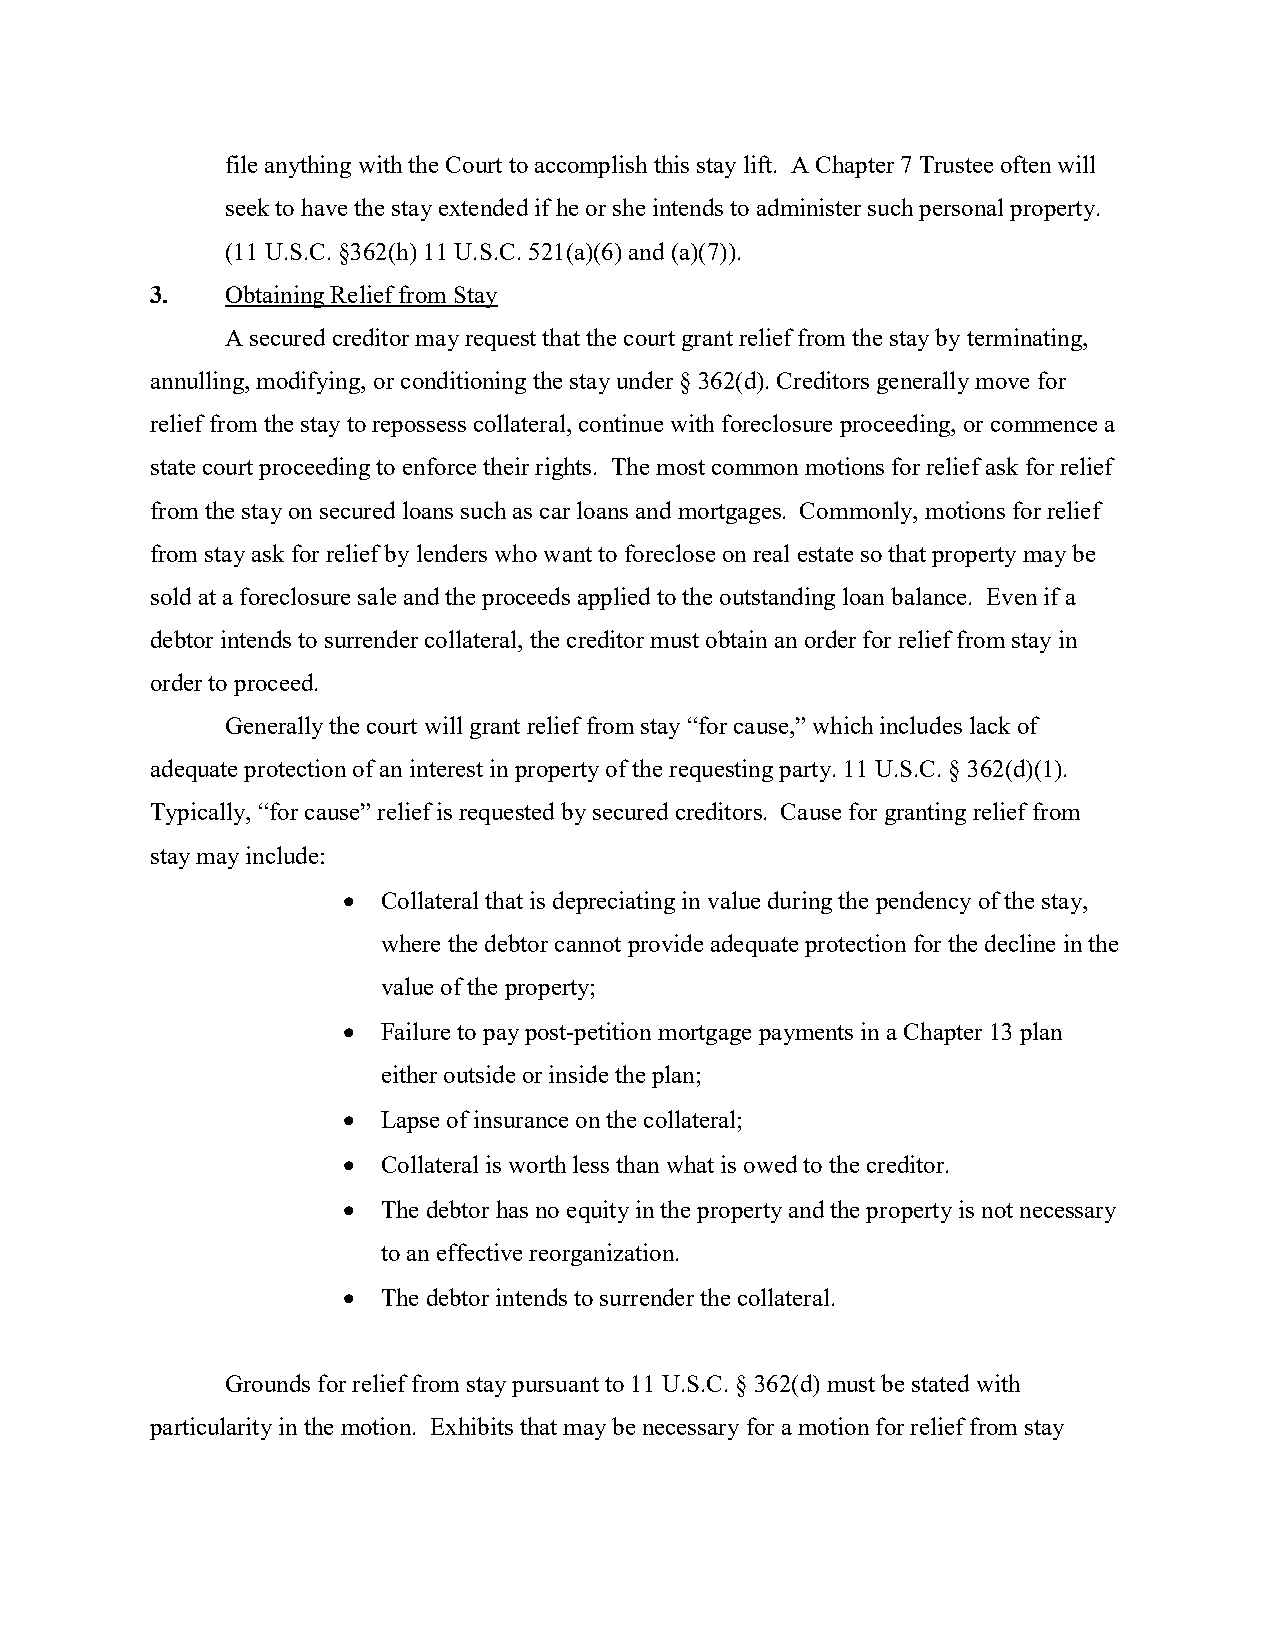
file anything with the Court to accomplish this stay lift. A Chapter 7 Trustee often will
 seek to have the stay extended if he or she intends to administer such personal property.
 (11 U.S.C. §362(h) 11 U.S.C. 521(a)(6) and (a)(7)).
 3.   Obtaining Relief from Stay
 A secured creditor may request that the court grant relief from the stay by terminating,
 annulling, modifying, or conditioning the stay under § 362(d). Creditors generally move for
 relief from the stay to repossess collateral, continue with foreclosure proceeding, or commence a
 state court proceeding to enforce their rights. The most common motions for relief ask for relief
 from the stay on secured loans such as car loans and mortgages. Commonly, motions for relief
 from stay ask for relief by lenders who want to foreclose on real estate so that property may be
 sold at a foreclosure sale and the proceeds applied to the outstanding loan balance. Even if a
 debtor intends to surrender collateral, the creditor must obtain an order for relief from stay in
 order to proceed.
 Generally the court will grant relief from stay “for cause,” which includes lack of
 adequate protection of an interest in property of the requesting party. 11 U.S.C. § 362(d)(1).
 Typically, “for cause” relief is requested by secured creditors. Cause for granting relief from
 stay may include:
  Collateral that is depreciating in value during the pendency of the stay,
 where the debtor cannot provide adequate protection for the decline in the
 value of the property;
  Failure to pay post-petition mortgage payments in a Chapter 13 plan
 either outside or inside the plan;
  Lapse of insurance on the collateral;
  Collateral is worth less than what is owed to the creditor.
  The debtor has no equity in the property and the property is not necessary
 to an effective reorganization.
  The debtor intends to surrender the collateral.
 Grounds for relief from stay pursuant to 11 U.S.C. § 362(d) must be stated with
 particularity in the motion. Exhibits that may be necessary for a motion for relief from stay